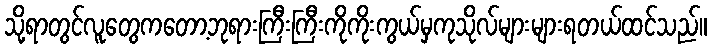
သို့ရာတွင်လူတွေကတော့ဘုရားကြီးကြီးကိုကိုးကွယ်မှကုသိုလ်များများရတယ်ထင်သည်။